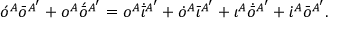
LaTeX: \acute { o } ^ { A } \bar { o } ^ { A ^ { \prime } } + o ^ { A } \acute { \bar { o } } { } ^ { A ^ { \prime } } = o ^ { A } \dot { \bar { \iota } } { } ^ { A ^ { \prime } } + \dot { o } ^ { A } \bar { \iota } { } ^ { A ^ { \prime } } + \iota ^ { A } \dot { \bar { o } } { } ^ { A ^ { \prime } } + \dot { \iota } ^ { A } \bar { o } { } ^ { A ^ { \prime } } .